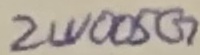
Text: 2W005G